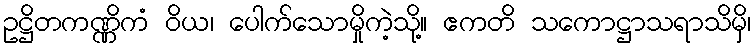
ဥဋ္ဌိတကဏ္ဏိကံ ဝိယ၊ ပေါက်သောမှိုကဲ့သို့။ ဧကတိ သကောဋ္ဌာသရာသိမှိ၊